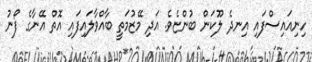
ހިނިއައިސްފައި އިނދެ ލޫކަން ބުންޏެވެ. އަދި މޭޒުމަތީ ބާއްވާލައިފައި އޮތް އޭނާގެ ފޯނު